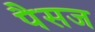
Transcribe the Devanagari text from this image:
पैसज